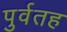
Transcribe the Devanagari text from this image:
पुर्वतह